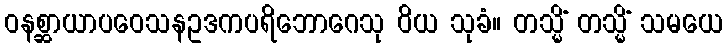
ဝနစ္ဆာယာပဝေသနဥဒကပရိဘောဂေသု ဝိယ သုခံ။ တသ္မိံ တသ္မိံ သမယေ